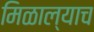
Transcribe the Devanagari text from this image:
मिळाल्याच